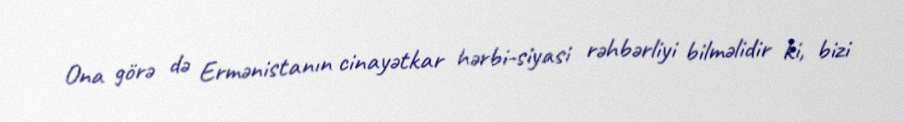
Ona görə də Ermənistanın cinayətkar hərbi-siyasi rəhbərliyi bilməlidir ki, bizi